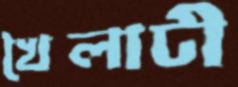
খৈলাটী